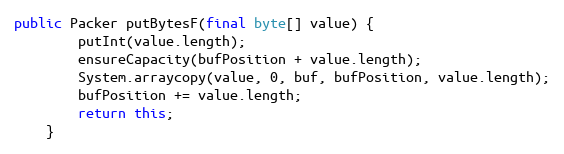
Language: Java
public Packer putBytesF(final byte[] value) {
		putInt(value.length);
		ensureCapacity(bufPosition + value.length);
		System.arraycopy(value, 0, buf, bufPosition, value.length);
		bufPosition += value.length;
		return this;
	}